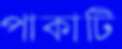
পাকাটি